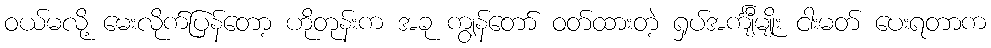
ဝယ်မလို့ မေးလိုက်ပြန်တော့ ဟိုတုန်းက အခု ကျွန်တော် ဝတ်ထားတဲ့ ရှပ်အင်္ကျီမျိုး ငါးမတ် ပေးရတာက